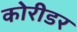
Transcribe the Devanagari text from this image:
कोरीडर